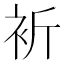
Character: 𧘻